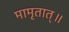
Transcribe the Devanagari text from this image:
मामृतात्॥